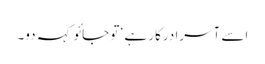
اسے آسرا درکار ہے ‘ تو جائو کہہ دو۔